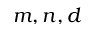
m , n , d